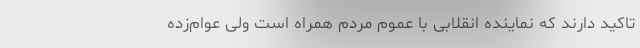
تاکید دارند که نماینده انقلابی با عموم مردم همراه است ولی عوام‌زده